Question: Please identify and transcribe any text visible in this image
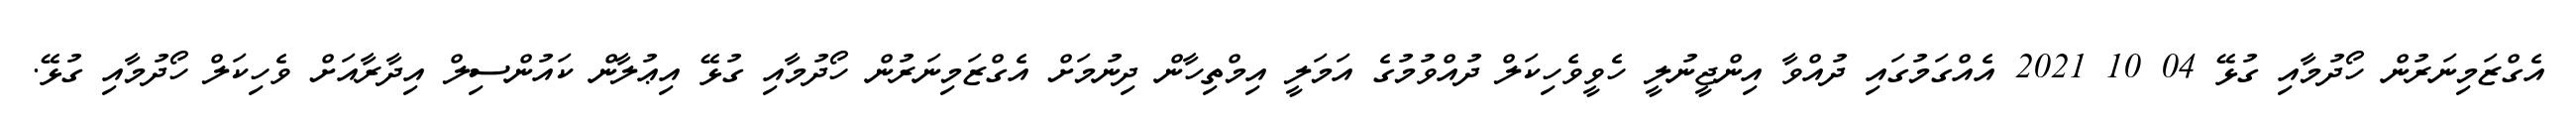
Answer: އެގްޒަމިނަރުން ހޯދުމާއި ގުޅޭ 04 10 2021 އެއްގަމުގައި ދުއްވާ އިންޖީނުލީ ހެވީވެހިކަލް ދުއްވުމުގެ އަމަލީ އިމްތިހާން ދިނުމަށް އެގްޒަމިނަރުން ހޯދުމާއި ގުޅޭ އިޢުލާން ކައުންސިލް އިދާރާއަށް ވެހިކަލް ހޯދުމާއި ގުޅޭ.